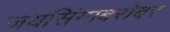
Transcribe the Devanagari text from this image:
जयसिंगाबरोबर